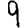
Digit: 9